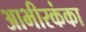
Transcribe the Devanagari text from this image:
आभीरकंका